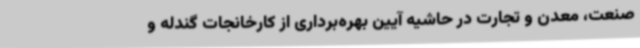
صنعت، معدن و تجارت در حاشیه آیین بهره‌برداری از کارخانجات گندله و